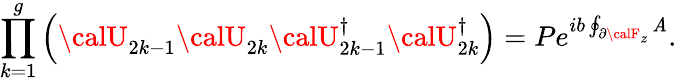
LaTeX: \prod_{k=1}^{g}\left({\calU}_{2k-1}{\calU}_{2k}{\calU}_{2k-1}^{\dagger}{\calU}_{2k}^{\dagger}\right)=Pe^{ib\oint_{\partial{\calF}_{z}}\mathit{A}}.